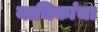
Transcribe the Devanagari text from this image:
याचिकांचा